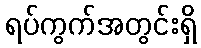
ရပ်ကွက်အတွင်းရှိ